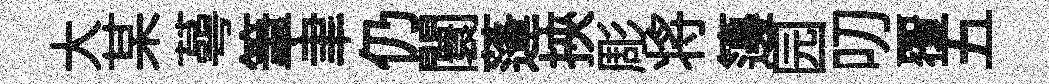
大某蕚筆聿仍闤蓬挾彫将籩园叨覆五